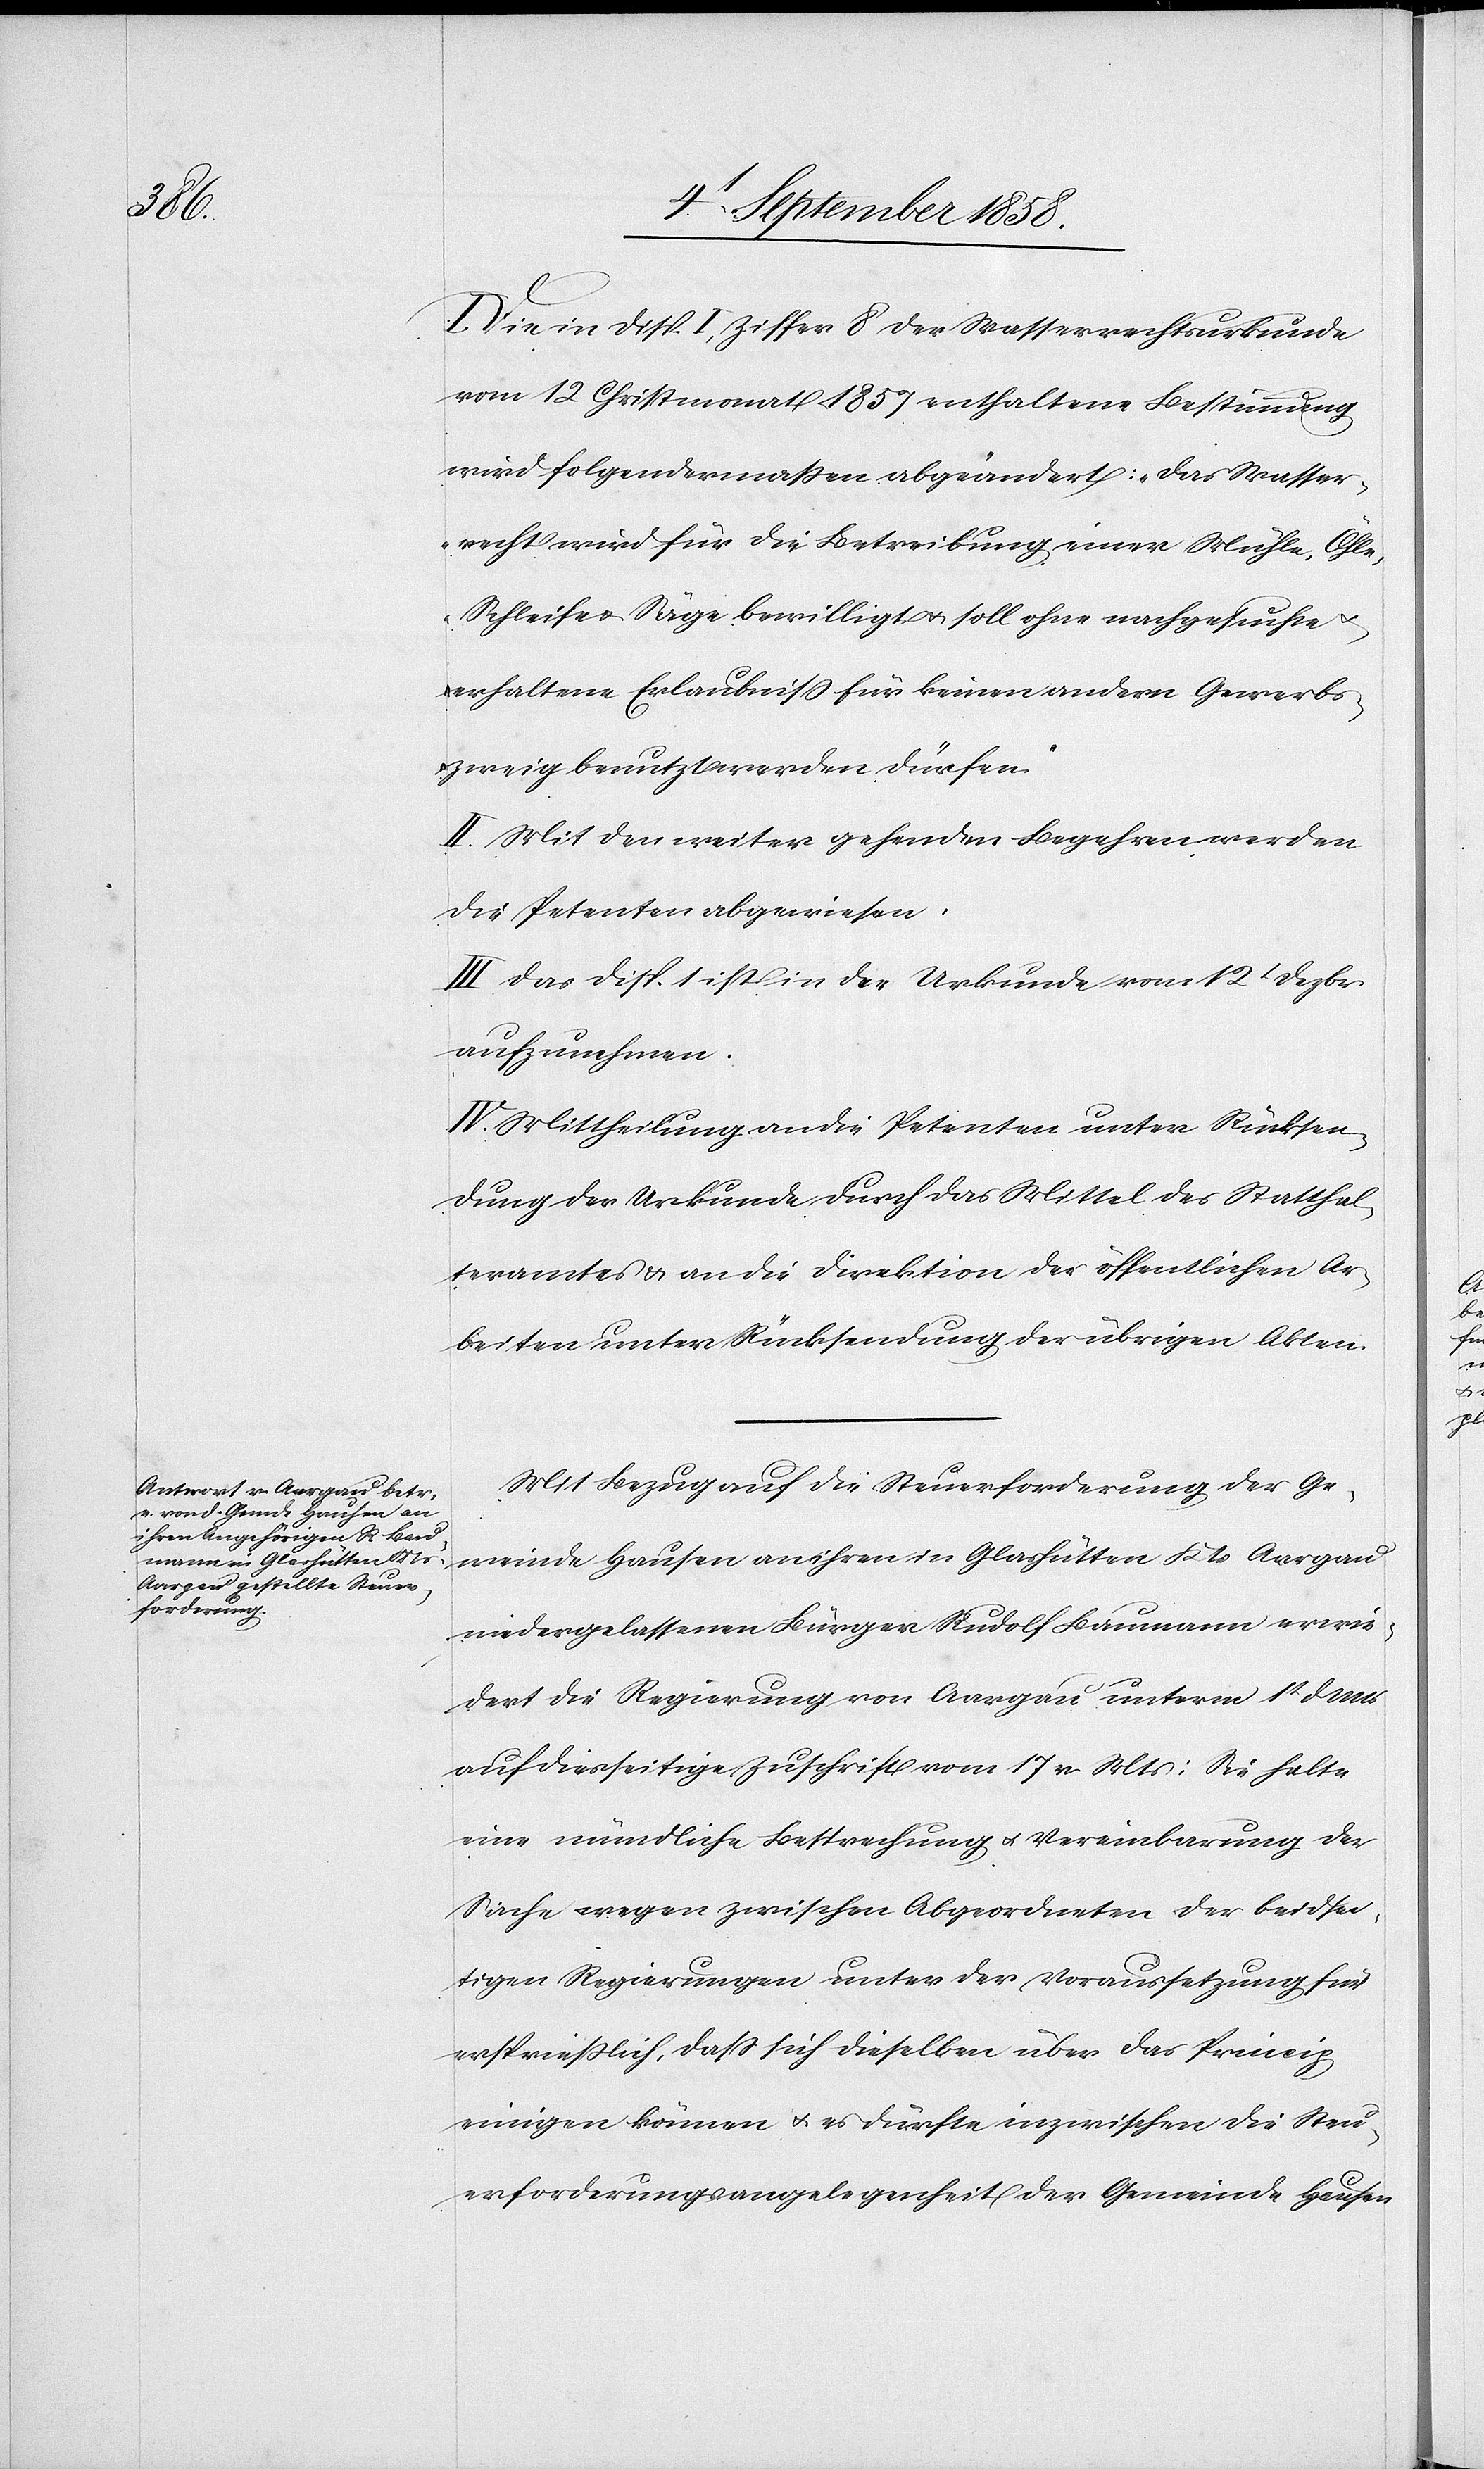
I. Die in Disp. I, Ziffer 8 der Wasserrechtsurkunde
vom 12 Christmonat 1857 enthaltene Bestimmung
wird folgendermassen abgeändert: „Das Wasser¬
recht wird für die Betreibung einer Mühle, Öhle,
Schleife & Säge bewilligt & soll ohne nachgesuchte
erhaltene Erlaubniss für keinen andern Gewerbs¬
zweig benutzt werden dürfen.“
II. Mit den weiter gehenden Begehren werden
die Petenten abgewiesen.
III. Das Disp. 1 ist in die Urkunde vom 12t Dezbr.
aufzunehmen.
IV. Mittheilung an die Petenten unter Rücksen¬
dung der Urkunde durch das Mittel des Statthal¬
teramtes & an die Direktion der öffentlichen Ar¬
beiten unter Rücksendung der übrigen Akten.
Mit Bezug auf die Steuerforderung der Ge¬
meinde Hausen an ihren in Glashütten Kts. Aargau
niedergelassenen Bürger Rudolf Baumann erwie¬
dert die Regierung von Aargau unterm 1t d. Mts
auf diesseitige Zuschrift vom 17 v. Mts: Sie halte
eine mündliche Besprechung & Vereinbarung der
Sache wegen zwischen Abgeordneten der beidsei¬
tigen Regierungen unter der Voraussetzung für
erspriesslich, dass sich dieselben über das Princip
einigen können & es dürfte inzwischen die Steu¬
erforderungsangelegenheit der Gemeinde Hausen